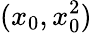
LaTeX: (x_{0},x_{0}^{2})